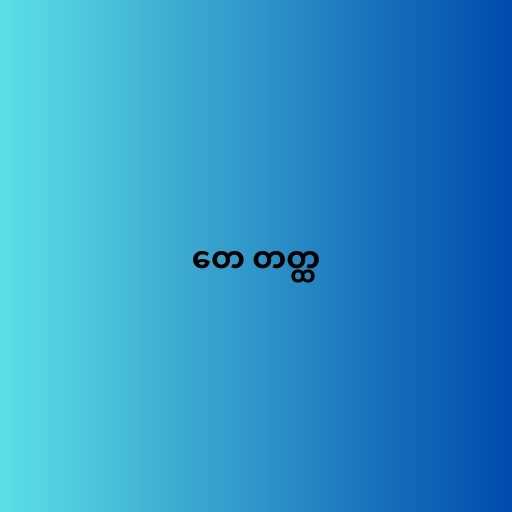
တေ တတ္ထ